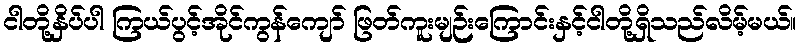
ငါတို့နှိပ်ပါ ကြယ်ပွင့်အိုင်ကွန်ကျော် ဖြတ်ကူးမျဉ်းကြောင်းနှင့်ငါတို့ရှိသည်လိမ့်မယ်။